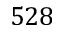
5 2 8